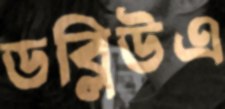
ডব্লিউএ